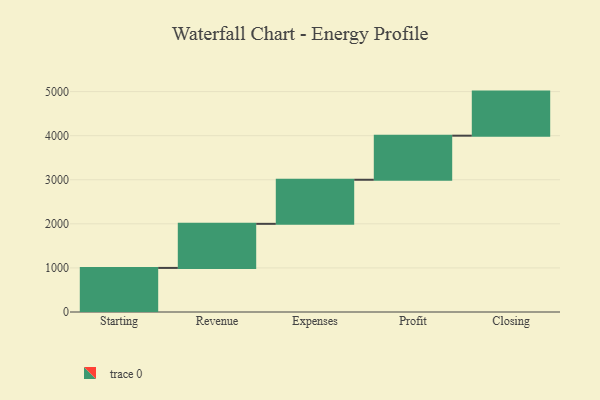
{"axis": {"x": "Step", "y": "Value"}, "legend": [""], "data": [{"x": "Starting", "y": 1000, "type": ""}, {"x": "Revenue", "y": 1000, "type": ""}, {"x": "Expenses", "y": 1000, "type": ""}, {"x": "Profit", "y": 1000, "type": ""}, {"x": "Closing", "y": 1000, "type": ""}]}